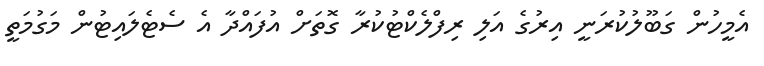
އެމީހުން ގަބޫލުކުރަނީ އިރުގެ އަލި ރިފްލެކްޓުކުރާ ގޮތަށް އުފައްދާ އެ ސެޓެލައިޓުން މަގުމަތީ